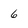
Character: 6